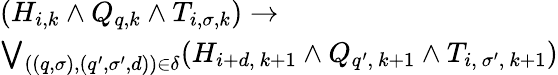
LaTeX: \begin{array}{l}{(H_{i,k}\land Q_{q,k}\land T_{i,\sigma,k})\to}\\ {\bigvee_{((q,\sigma),(q^{\prime},\sigma^{\prime},d))\in\delta}(H_{i+d,\ k+1}\land Q_{q^{\prime},\ k+1}\land T_{i,\ \sigma^{\prime},\ k+1})}\end{array}